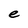
Character: e